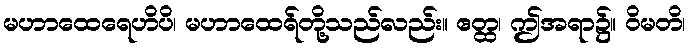
မဟာထေရေဟိပိ၊ မဟာထေရ်တို့သည်လည်း။ ဧတ္ထ၊ ဤအရာ၌။ ဝိမတိ၊